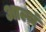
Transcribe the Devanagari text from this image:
आल्थं